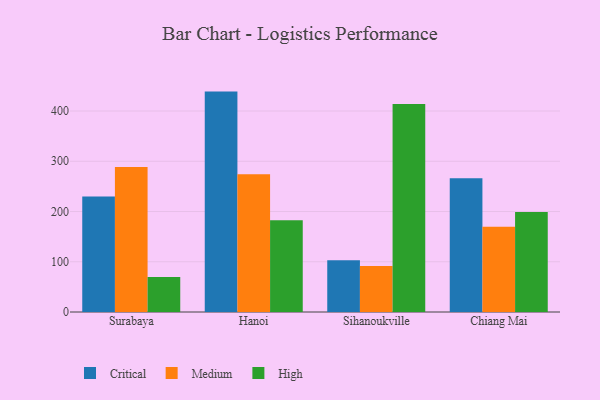
{"axis": {"x": "City", "y": "Waste Production (Tons)"}, "legend": ["Critical", "High", "Medium"], "data": [{"x": "Surabaya", "y": 230.0, "type": "Critical"}, {"x": "Surabaya", "y": 288.8, "type": "Medium"}, {"x": "Surabaya", "y": 69.7, "type": "High"}, {"x": "Hanoi", "y": 438.7, "type": "Critical"}, {"x": "Hanoi", "y": 274.2, "type": "Medium"}, {"x": "Hanoi", "y": 182.7, "type": "High"}, {"x": "Sihanoukville", "y": 103.2, "type": "Critical"}, {"x": "Sihanoukville", "y": 91.5, "type": "Medium"}, {"x": "Sihanoukville", "y": 413.8, "type": "High"}, {"x": "Chiang Mai", "y": 266.1, "type": "Critical"}, {"x": "Chiang Mai", "y": 169.6, "type": "Medium"}, {"x": "Chiang Mai", "y": 199.0, "type": "High"}]}